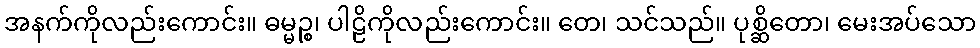
အနက်ကိုလည်းကောင်း။ ဓမ္မဉ္စ၊ ပါဠိကိုလည်းကောင်း။ တေ၊ သင်သည်။ ပုစ္ဆိတော၊ မေးအပ်သော